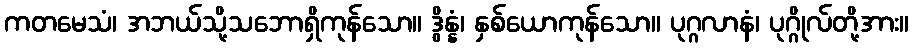
ကတမေသံ၊ အဘယ်သို့သဘောရှိကုန်သော။ ဒွိန္နံ၊ နှစ်ယောကုန်သော။ ပုဂ္ဂလာနံ၊ ပုဂ္ဂိုလ်တို့အား။